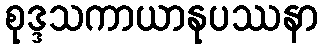
စုဒ္ဒသကာယာနုပဿနာ